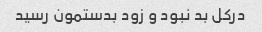
درکل بد نبود و زود بدستمون رسید